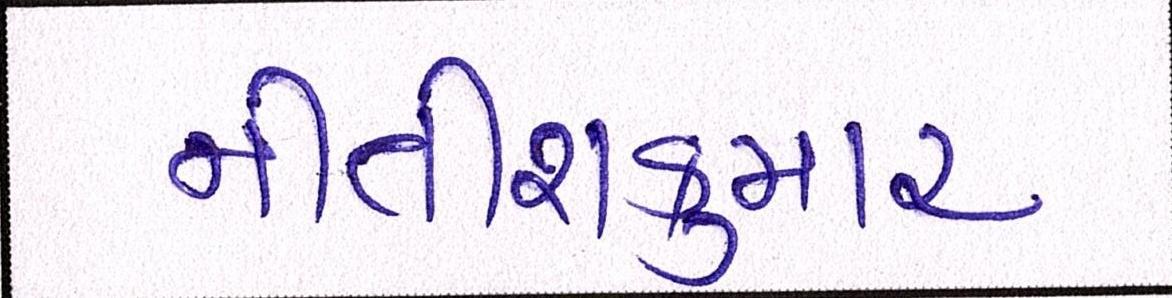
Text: નીતીશકુમાર